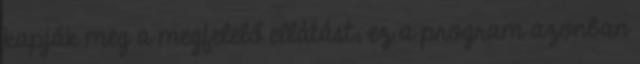
kapják meg a megfelelő ellátást; ez a program azonban